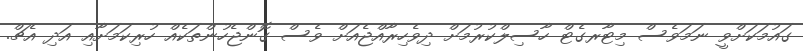
ގައުމަކަށްވީ ނަމަވެސް މިޓާރގެޓް ހާސިލްކުރުމަށް ދިވެހިރާއްޖެއަށް ވެސް ގޮންޖެހުންތަކެއް ހުރިކަމަށާއި އަދި އެޗް.